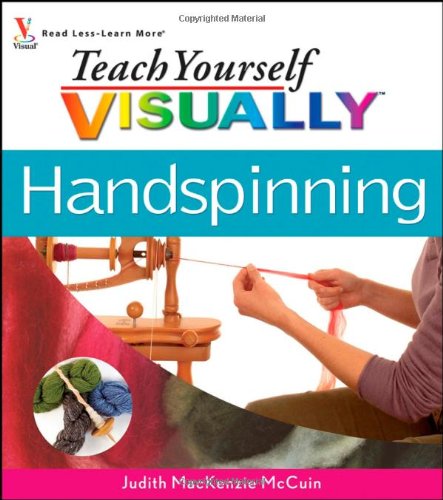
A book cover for Teach Yourself Visually Handspinning (Teach Yourself Visually Consumer); Judith MacKenzie McCuin; Crafts, Hobbies & Home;